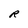
Character: R